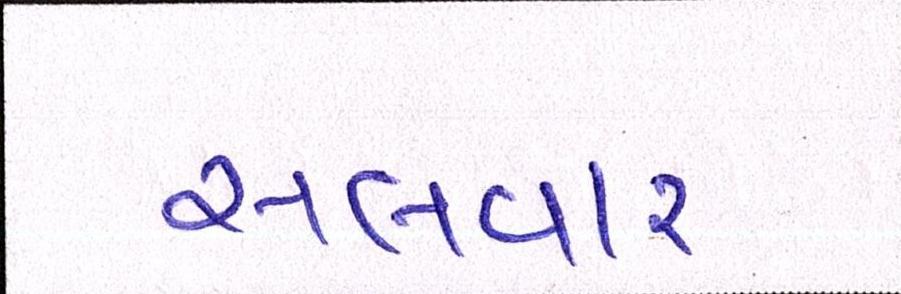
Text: સલવાર